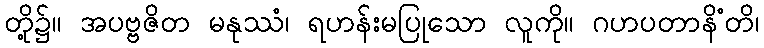
တို့၌။ အပဗ္ဗဇိတ မနုဿံ၊ ရဟန်းမပြုသော လူကို။ ဂဟပတာနိံတိ၊